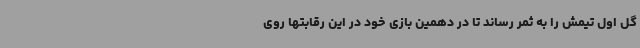
گل اول تیمش را به ثمر رساند تا در دهمین بازی خود در این رقابتها روی